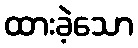
ထားခဲ့သော